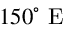
1 5 0 ^ { \circ } \mathrm { ~ E ~ }